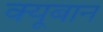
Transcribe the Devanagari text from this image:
क्यूबान